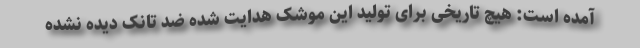
آمده است: هیچ تاریخی برای تولید این موشک هدایت شده ضد تانک دیده نشده